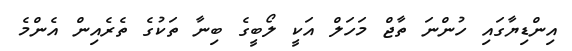
އިންޑިޔާގައި ހުންނަ ތާޖް މަހަލް އަކީ ލޯބީގެ ބިނާ ތަކުގެ ތެރެއިން އެންމެ